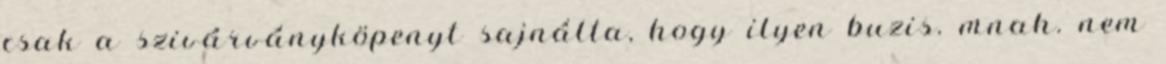
csak a szivárványköpenyt sajnálta, hogy ilyen buzis. mnah. nem